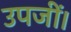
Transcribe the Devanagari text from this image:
उपजीं।